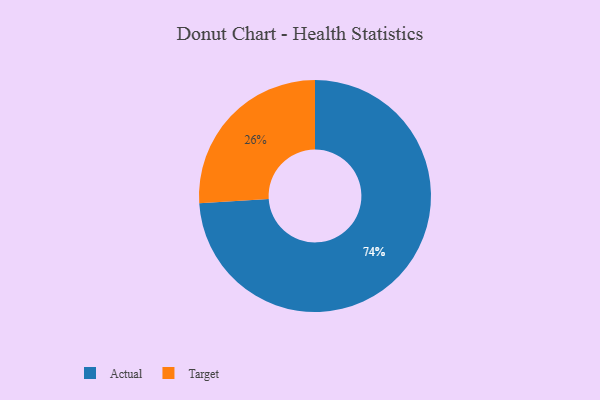
{"axis": {"x": "Category", "y": "Percentage"}, "legend": ["Actual", "Target"], "data": [{"x": "Actual", "y": 74, "type": "Actual"}, {"x": "Target", "y": 26, "type": "Target"}]}